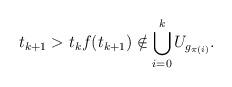
LaTeX: \begin{align*}t_{k+1} > t_k f(t_{k+1}) \notin \bigcup_{i=0}^k U_{g_{\pi(i)}}. \end{align*}